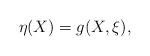
LaTeX: \begin{align*}\eta (X)=g(X, \xi ),\end{align*}